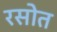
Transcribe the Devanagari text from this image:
रसोत